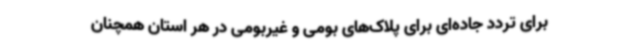
برای تردد جاده‌ای برای پلاک‌های بومی و غیربومی در هر استان همچنان